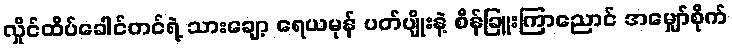
လှိုင်ထိပ်ခေါင်တင်ရဲ့ သားချော့ ရေယမုန် ပတ်ပျိုးနဲ့ စိန်ခြူးကြာညောင် အမျှော်စိုက်